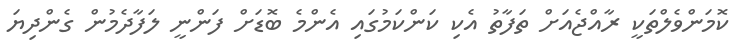
ކޮމަންވެލްތަކީ ރާއްޖެއަށް ތަފާތު އެކި ކަންކަމުގައި އެންމެ ބޮޑަށް ފަންނީ ލަފާދެމުން ގެންދިޔަ